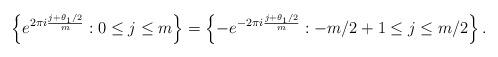
LaTeX: \begin{align*}\left\{ e^{ 2 \pi i \frac{ j + \theta_1/2}{m}} : 0 \leq j \leq m \right\} = \left\{ - e^{ - 2 \pi i \frac{ j + \theta_1/2}{m} } : -m/2+1\leq j \leq m/2 \right\}.\end{align*}